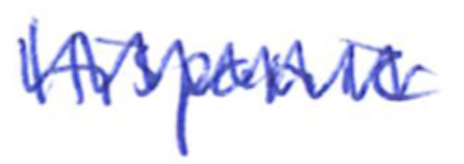
Text: Hispanic
Cross-out: zig-zag
Writing tool: ballpoint